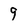
Character: 9